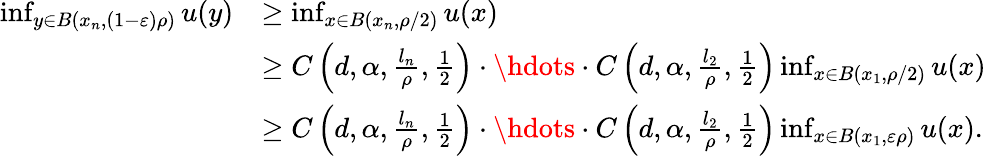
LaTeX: \begin{array}{rl}{\operatorname*{inf}_{y\in B(x_{n},(1-\varepsilon)\rho)}u(y)}&{\geq\operatorname*{inf}_{x\in B(x_{n},\rho/2)}u(x)}\\ &{\geq C\left(d,\alpha,\frac{l_{n}}{\rho},\frac{1}{2}\right)\cdot\hdots\cdot C\left(d,\alpha,\frac{l_{2}}{\rho},\frac{1}{2}\right)\operatorname*{inf}_{x\in B(x_{1},\rho/2)}u(x)}\\ &{\geq C\left(d,\alpha,\frac{l_{n}}{\rho},\frac{1}{2}\right)\cdot\hdots\cdot C\left(d,\alpha,\frac{l_{2}}{\rho},\frac{1}{2}\right)\operatorname*{inf}_{x\in B(x_{1},\varepsilon\rho)}u(x).}\end{array}